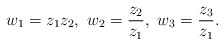
\begin{align*}w_1=z_1z_2,\ w_2=\frac{z_2}{z_1},\ w_3=\frac{z_3}{z_1}.\end{align*}